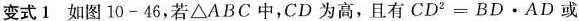
变式1如图10-46，若\triangle ABC中，CD为高，且有$$CD^{2} =BD\cdotAD$$或